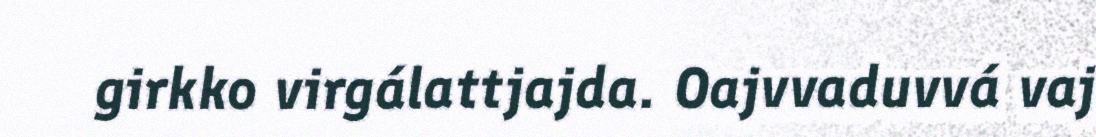
girkko virgálattjajda. Oajvvaduvvá vaj